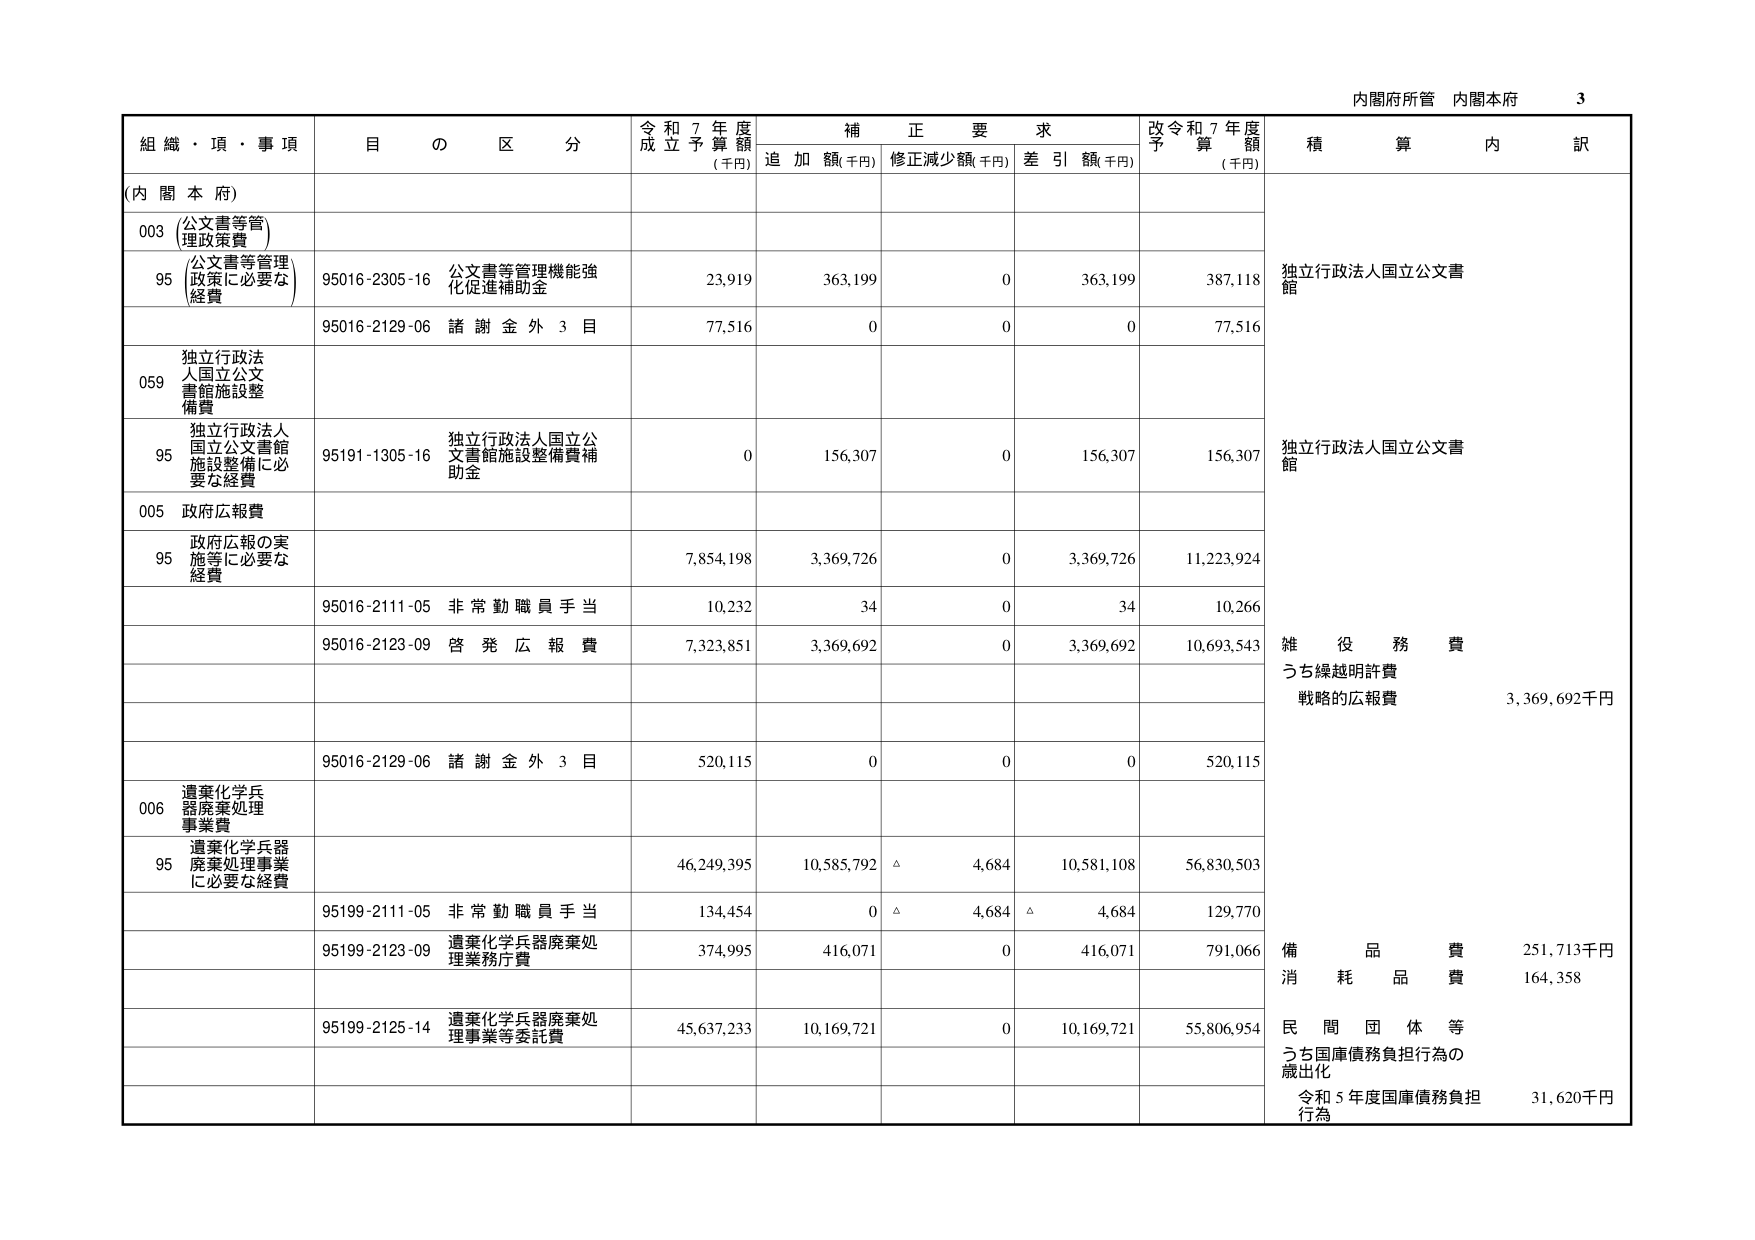
内閣府所管 内閣本府 3

組織・項・事項 目の区分 令和7年度成立予算額(千円) 補正要求 追加額(千円) 修正減少額(千円) 差引額(千円) 改令和7年度予算額(千円) 積算内訳

(内閣本府)

003 (公文書等管理政策費)

95 (公文書等管理政策に必要な経費) 95016-2305-16 公文書等管理機能強化促進補助金 23,919 363,199 0 363,199 387,118 独立行政法人国立公文書館

95016-2129-06 諸謝金外3目 77,516 0 0 0 77,516

059 独立行政法人国立公文書館施設整備費

95 独立行政法人国立公文書館施設整備に必要な経費 95191-1305-16 独立行政法人国立公文書館施設整備費補助金 0 156,307 0 156,307 156,307 独立行政法人国立公文書館

005 政府広報費

95 政府広報の実施等に必要な経費 7,854,198 3,369,726 0 3,369,726 11,223,924

95016-2111-05 非常勤職員手当 10,232 34 0 34 10,266

95016-2123-09 啓発広報費 7,323,851 3,369,692 0 3,369,692 10,693,543 雑役務費 うち繰越明許費 戦略的広報費 3,369,692千円

95016-2129-06 諸謝金外3目 520,115 0 0 0 520,115

006 遺棄化学兵器廃棄処理事業費

95 遺棄化学兵器廃棄処理事業に必要な経費 46,249,395 10,585,792 △ 4,684 10,581,108 56,830,503

95199-2111-05 非常勤職員手当 134,454 0 △ 4,684 △ 4,684 129,770

95199-2123-09 遺棄化学兵器廃棄処理業務庁費 374,995 416,071 0 416,071 791,066 備品費 251,713千円 消耗品費 164,358

95199-2125-14 遺棄化学兵器廃棄処理事業等委託費 45,637,233 10,169,721 0 10,169,721 55,806,954 民間団体等 うち国庫債務負担行為の歳出化 令和5年度国庫債務負担行為 31,620千円